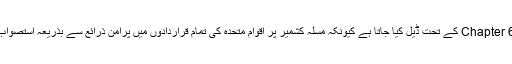
چونکہ مسلہ کشمیر اقوام متحدہ کے چارٹر کے Chapter 6 کے تحت ڈیل کیا جاتا ہے کیونکہ مسلہ کشمیر پر اقوام متحدہ کی تمام قراردادوں میں پرامن ذرائع سے بذریعہ استصواب رائے کشمیر ایشو کو حل کرنے کا کہا گیا ہے۔